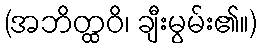
(အဘိတ္ထဝိ၊ ချီးမွမ်း၏။)